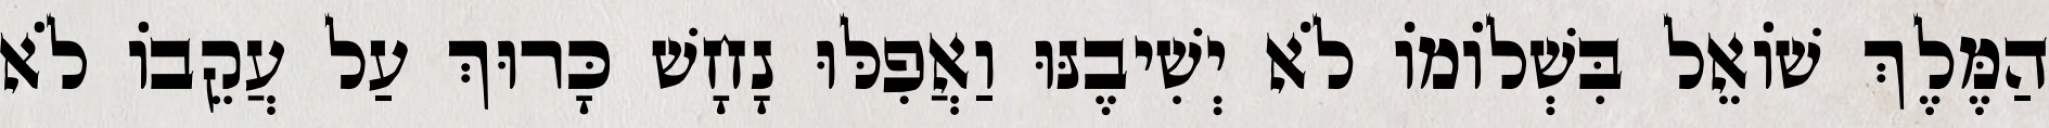
הַמֶּלֶךְ שׁוֹאֵל בִּשְׁלוֹמוֹ לֹא יְשִׁיבֶנּוּ וַאֲפִלּוּ נָחָשׁ כָּרוּךְ עַל עֲקֵבוֹ לֹא